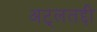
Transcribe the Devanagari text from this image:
अट्लतद्दी